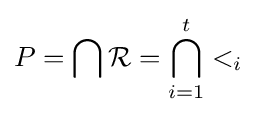
P=\bigcap {\mathcal {R}}=\bigcap _{i=1}^{t}<_{i}